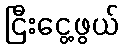
ငြီးငွေ့ဖွယ်